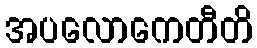
အပလောကေတီတိ